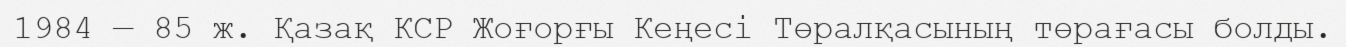
1984 — 85 ж. Қазақ КСР Жоғорғы Кеңесі Төралқасының төрағасы болды.